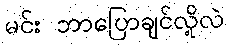
မင်း ဘာပြောချင်လို့လဲ